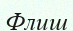
Флиш